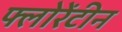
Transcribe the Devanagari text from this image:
फ्लोरेंटीन